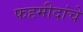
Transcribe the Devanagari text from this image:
फहमीदांचे